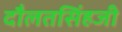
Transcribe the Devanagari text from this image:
दौलतसिंहजी